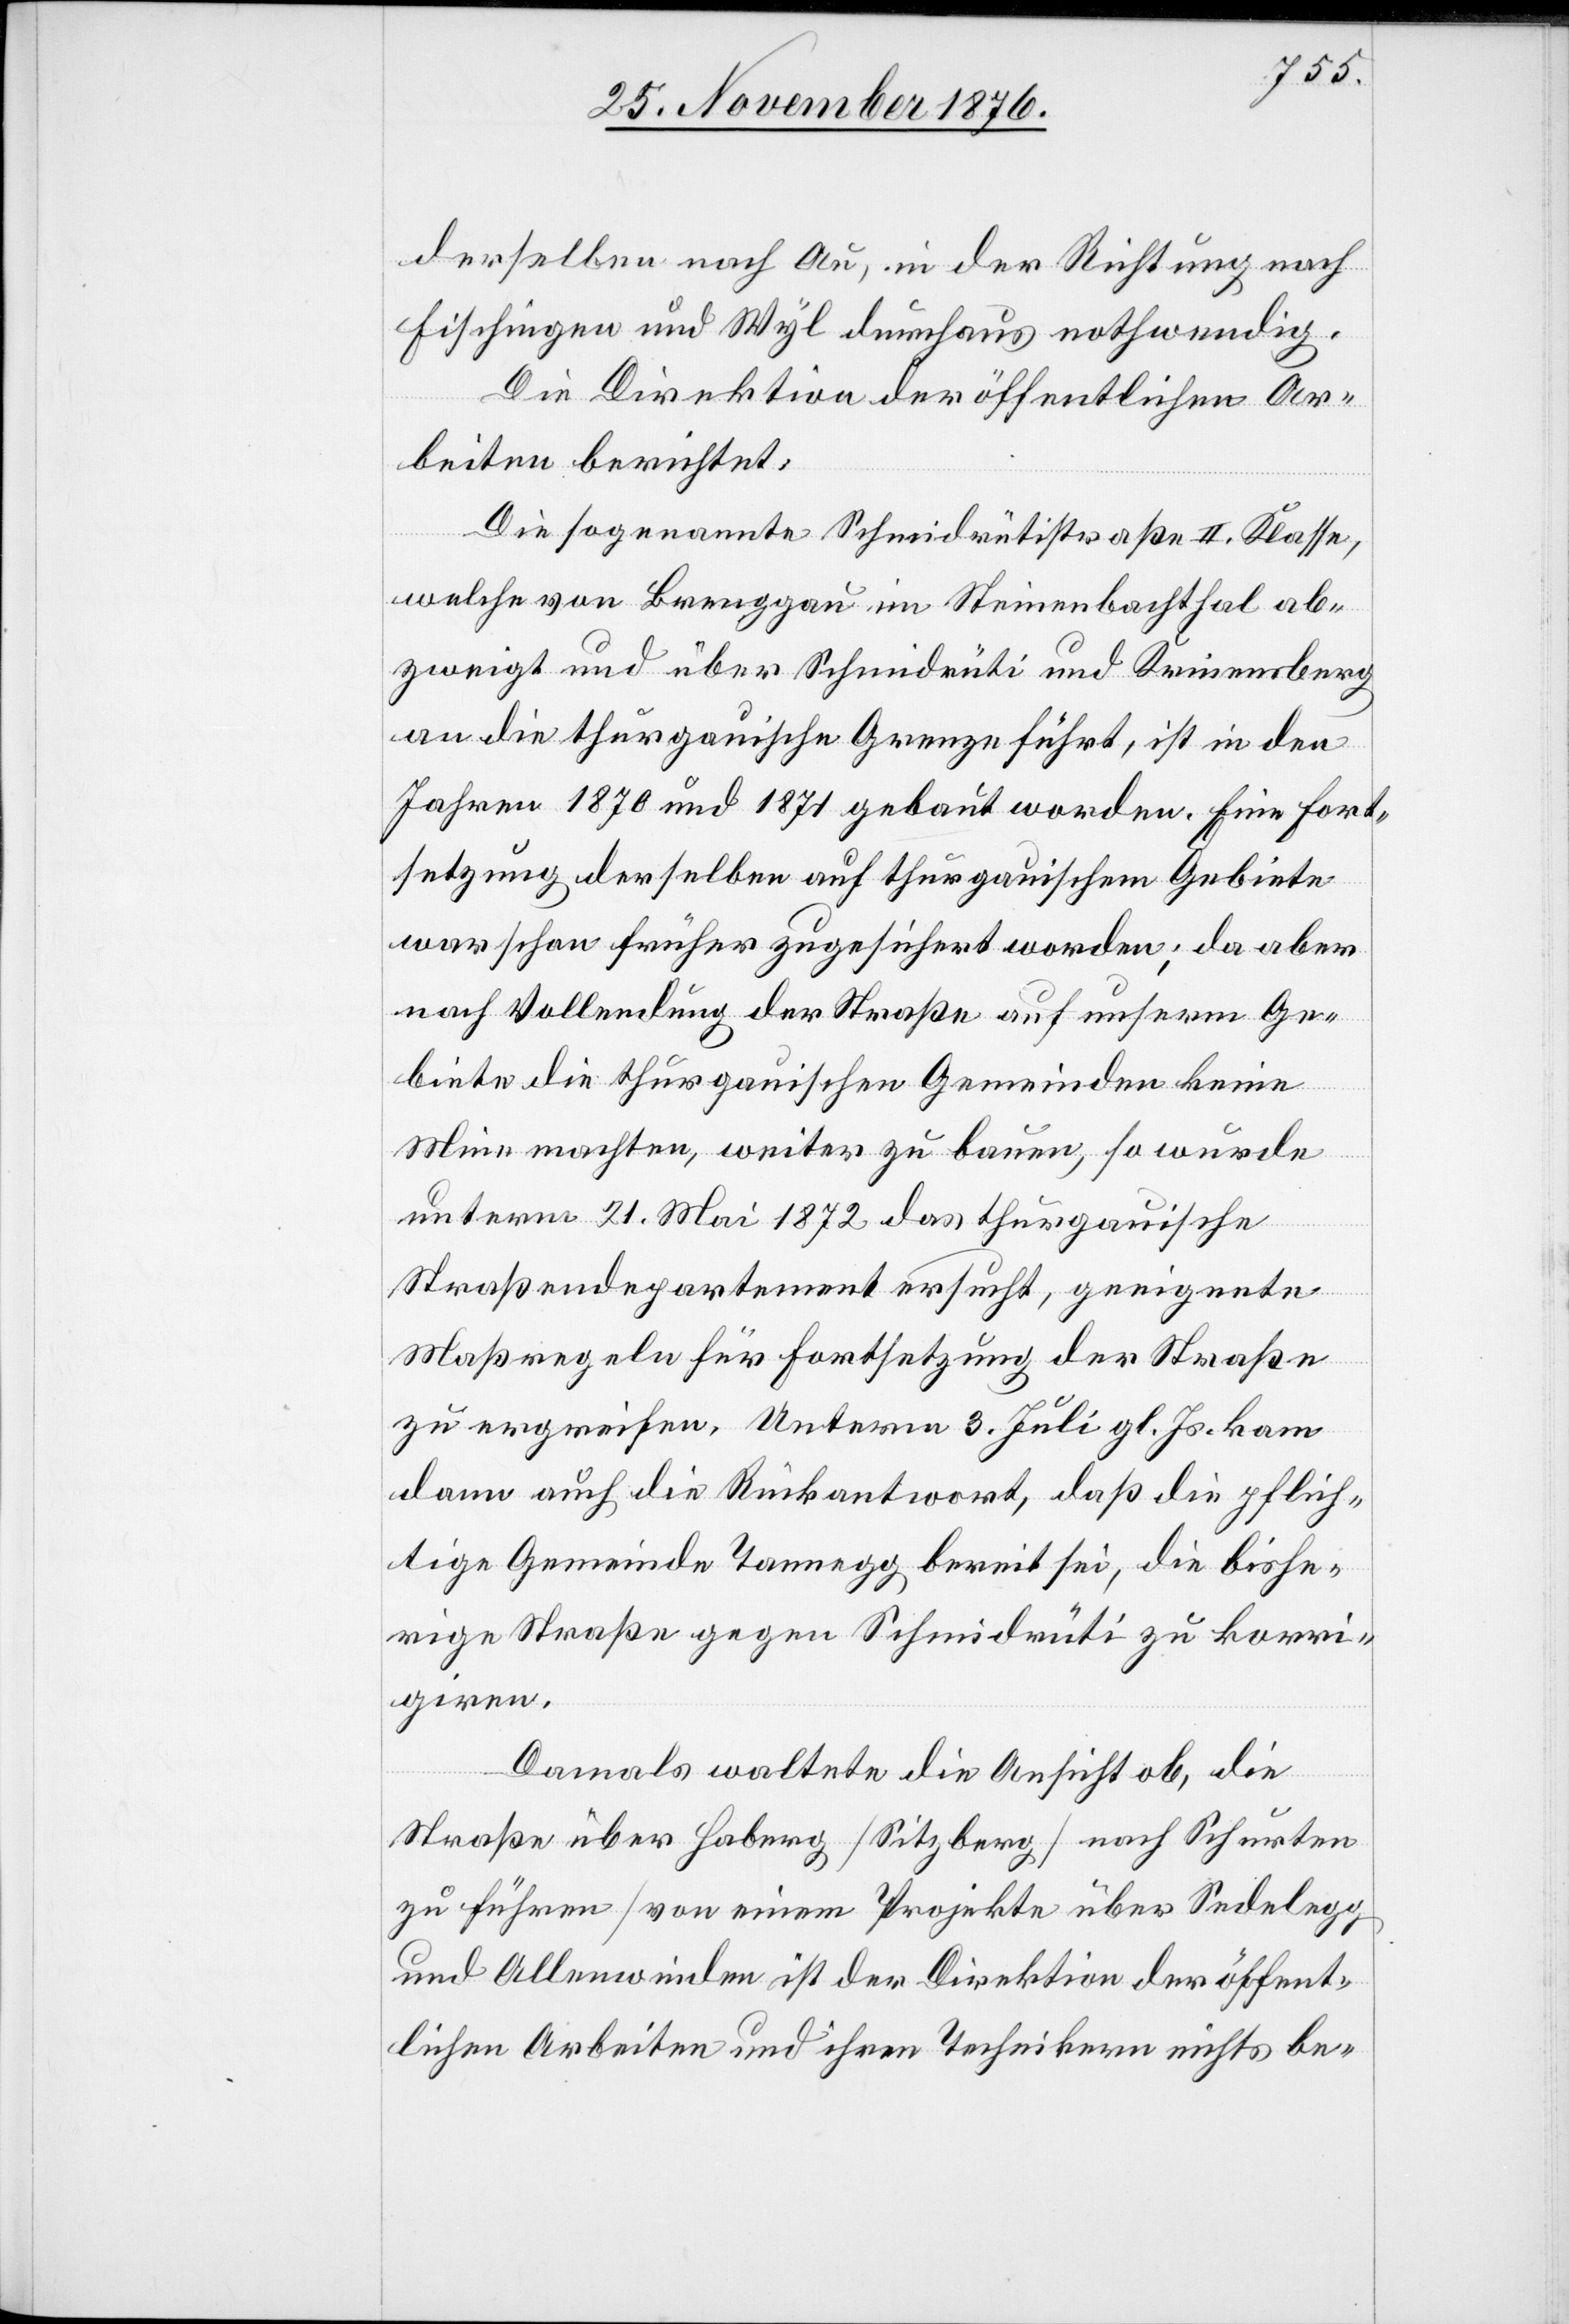
derselben nach Au, in der Richtung nach
Fischingen und Wyl durchaus nothwendig.
Die Direktion der öffentlichen Ar¬
beiten berichtet:
Die sogenannte Schmidrütistraße II. Klasse,
welche von Brenggau im Steinenbachthal ab¬
zweigt und über Schmidrüti und Krinensberg
an die thurgauische Grenze führt, ist in den
Jahren 1870 und 1871 gebaut worden. Eine Fort¬
setzung derselben auf thurgauischem Gebiete
war schon früher zugesichert worden; da aber
nach Vollendung der Straße auf unserm Ge¬
biete die thurgauischen Gemeinden keine
Mine machten, weiter zu bauen, so wurde
unterm 21. Mai 1872 das thurgauische
Straßendepartement ersucht, geeignete
Maßregeln für Fortsetzung der Straße
zu ergreifen. Unterm 3. Juli gl. Js. kam
dann auch die Rückantwort, daß die pflich¬
tige Gemeinde Tannegg bereit sei, die bishe¬
rige Straße gegen Schmidrüti zu korri¬
giren.
Damals waltete die Ansicht ob, die
Straße über Haberg [Sitzberg] nach Schurten
zu führen [von einem Projekte über Sedelegg
und Allenwinden ist der Direktion der öffent¬
lichen Arbeiten und ihren Technikern nichts be-